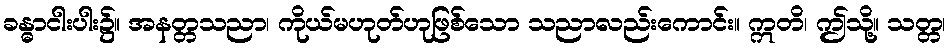
ခန္ဓာငါးပါး၌။ အနတ္တသညာ၊ ကိုယ်မဟုတ်ဟုဖြစ်သော သညာလည်းကောင်း။ ဣတိ၊ ဤသို့။ သတ္တ၊